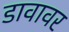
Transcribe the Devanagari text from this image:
डावावर